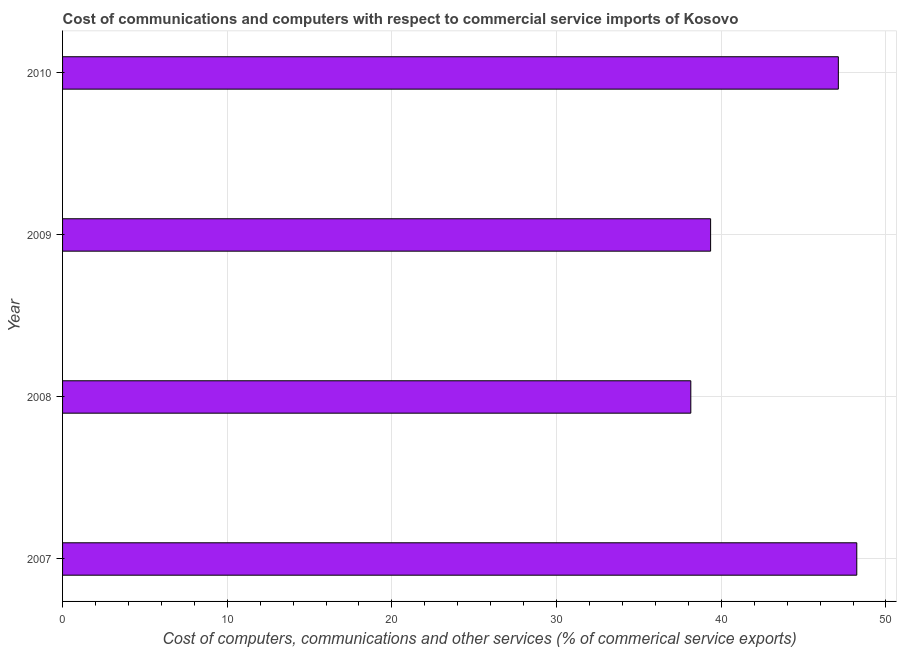
| Year | Computer |
 | --- | --- |
 | 2007 | 48.2 |
 | 2008 | 38.2 |
 | 2009 | 39.4 |
 | 2010 | 47.1 |